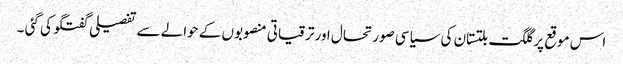
اس موقع پر گلگت بلتستان کی سیاسی صورتحال اور ترقیاتی منصوبوں کے حوالے سے تفصیلی گفتگو کی گئی ۔